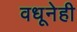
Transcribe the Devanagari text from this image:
वधूनेही